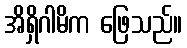
အိရှိဂါမိက ဖြေသည်။